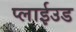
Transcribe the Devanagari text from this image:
प्लाईउड